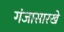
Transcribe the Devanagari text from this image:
गंजासारखे